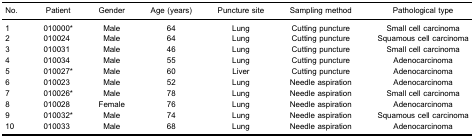
| No. | Patient | Gender | Age (years) | Puncture site | Sampling method | Pathological type |
 | --- | --- | --- | --- | --- | --- | --- |
 | 1 | 010000* | Male | 64 | Lung | Cutting puncture | Small cell carcinoma |
 | 2 | 010024 | Male | 64 | Lung | Cutting puncture | Squamous cell carcinoma |
 | 3 | 010031 | Male | 46 | Lung | Cutting puncture | Small cell carcinoma |
 | 4 | 010034 | Male | 55 | Lung | Cutting puncture | Adenocarcinoma |
 | 5 | 010027* | Male | 60 | Liver | Cutting puncture | Adenocarcinoma |
 | 6 | 010023 | Male | 52 | Lung | Needle aspiration | Adenocarcinoma |
 | 7 | 010026* | Male | 78 | Lung | Needle aspiration | Small cell carcinoma |
 | 8 | 010028 | Female | 76 | Lung | Needle aspiration | Adenocarcinoma |
 | 9 | 010032* | Male | 74 | Lung | Needle aspiration | Squamous cell carcinoma |
 | 10 | 010033 | Male | 68 | Lung | Needle aspiration | Adenocarcinoma |